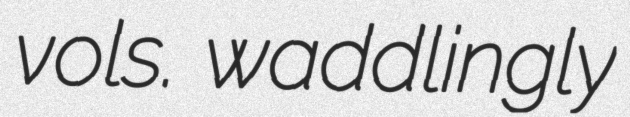
vols. waddlingly